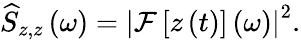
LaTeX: \widehat{S}_{z,z}\left(\omega\right)=\left|\mathcal{F}\left[z\left(t\right)\right]\left(\omega\right)\right|^{2}.